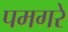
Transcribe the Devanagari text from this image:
पमगरे